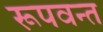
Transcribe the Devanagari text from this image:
रूपवन्त